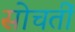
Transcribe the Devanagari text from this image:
सोचतीं